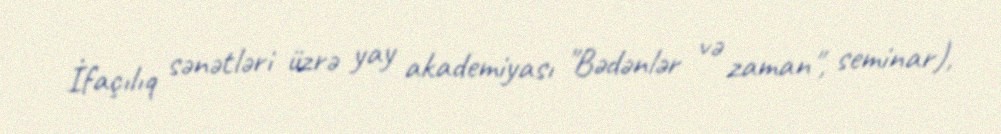
İfaçılıq sənətləri üzrə yay akademiyası "Bədənlər və zaman", seminar),